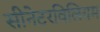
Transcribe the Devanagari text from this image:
सीनेटरविलियम